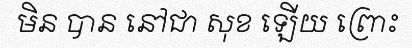
មិន បាន នៅជា សុខ ឡើយ ព្រោះ